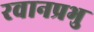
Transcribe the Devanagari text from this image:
रवानप्रभु